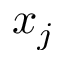
x _ { j }